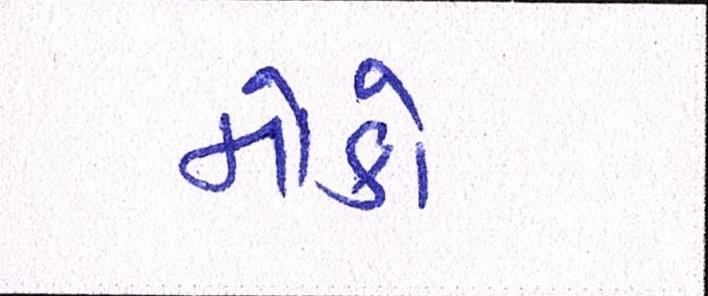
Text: મોકો